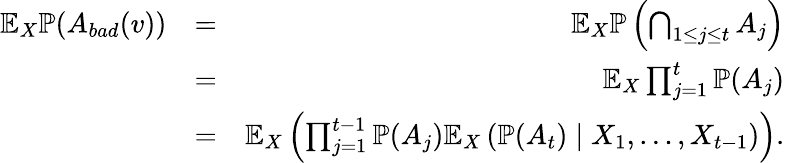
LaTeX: \begin{array}{rlr}{\mathbb{E}_{X}\mathbb{P}(A_{bad}(v))}&{=}&{\mathbb{E}_{X}\mathbb{P}\left(\bigcap_{1\leq j\leq t}A_{j}\right)}\\ &{=}&{\mathbb{E}_{X}\prod_{j=1}^{t}\mathbb{P}(A_{j})}\\ &{=}&{\mathbb{E}_{X}\left(\prod_{j=1}^{t-1}\mathbb{P}(A_{j})\mathbb{E}_{X}\left(\mathbb{P}(A_{t})\mid X_{1},\ldots,X_{t-1}\right)\right).}\end{array}